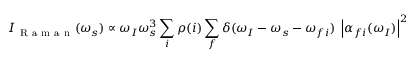
I _ { \mathrm { ~ R ~ a ~ m ~ a ~ n ~ } } ( \omega _ { s } ) \propto \omega _ { I } \omega _ { s } ^ { 3 } \sum _ { i } \rho ( i ) \sum _ { f } \delta ( \omega _ { I } - \omega _ { s } - \omega _ { f i } ) \ \left\vert \alpha _ { f i } ( \omega _ { I } ) \right\vert ^ { 2 }